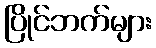
ပြိုင်ဘက်များ